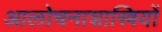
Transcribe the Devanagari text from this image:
आलोचनाशास्त्रियों